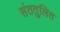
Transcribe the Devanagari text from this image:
संततुलित